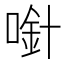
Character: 𱓼